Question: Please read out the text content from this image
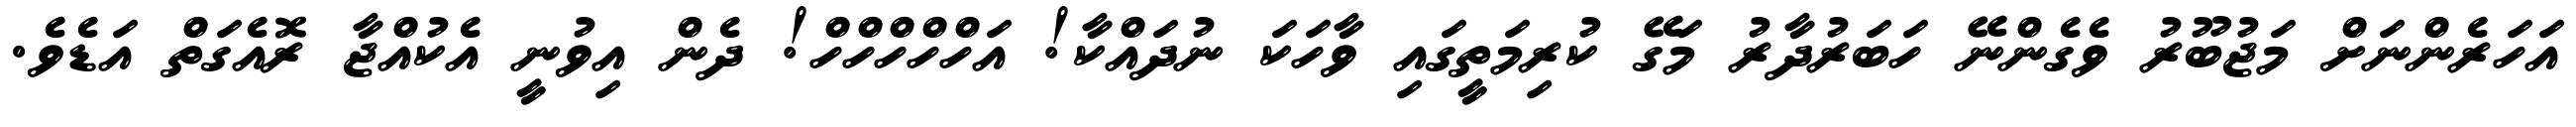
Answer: އަހަރެންނަށް މަޖުބޫރު ވެގެންނޭ ހަބަރުދާރު މަގޭ ކުރިމަތީގައި ވާހަކަ ނުދައްކާ! އަހްހްހްހްހް! ދެން އިވުނީ އެކުއްޖާ ރޮއެގަތް އަޑެވެ.